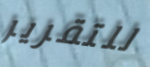
للتقرير